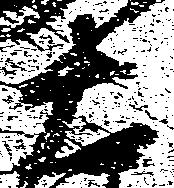
右